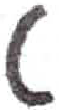
אות: ט